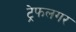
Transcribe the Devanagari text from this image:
ट्रेफलगर